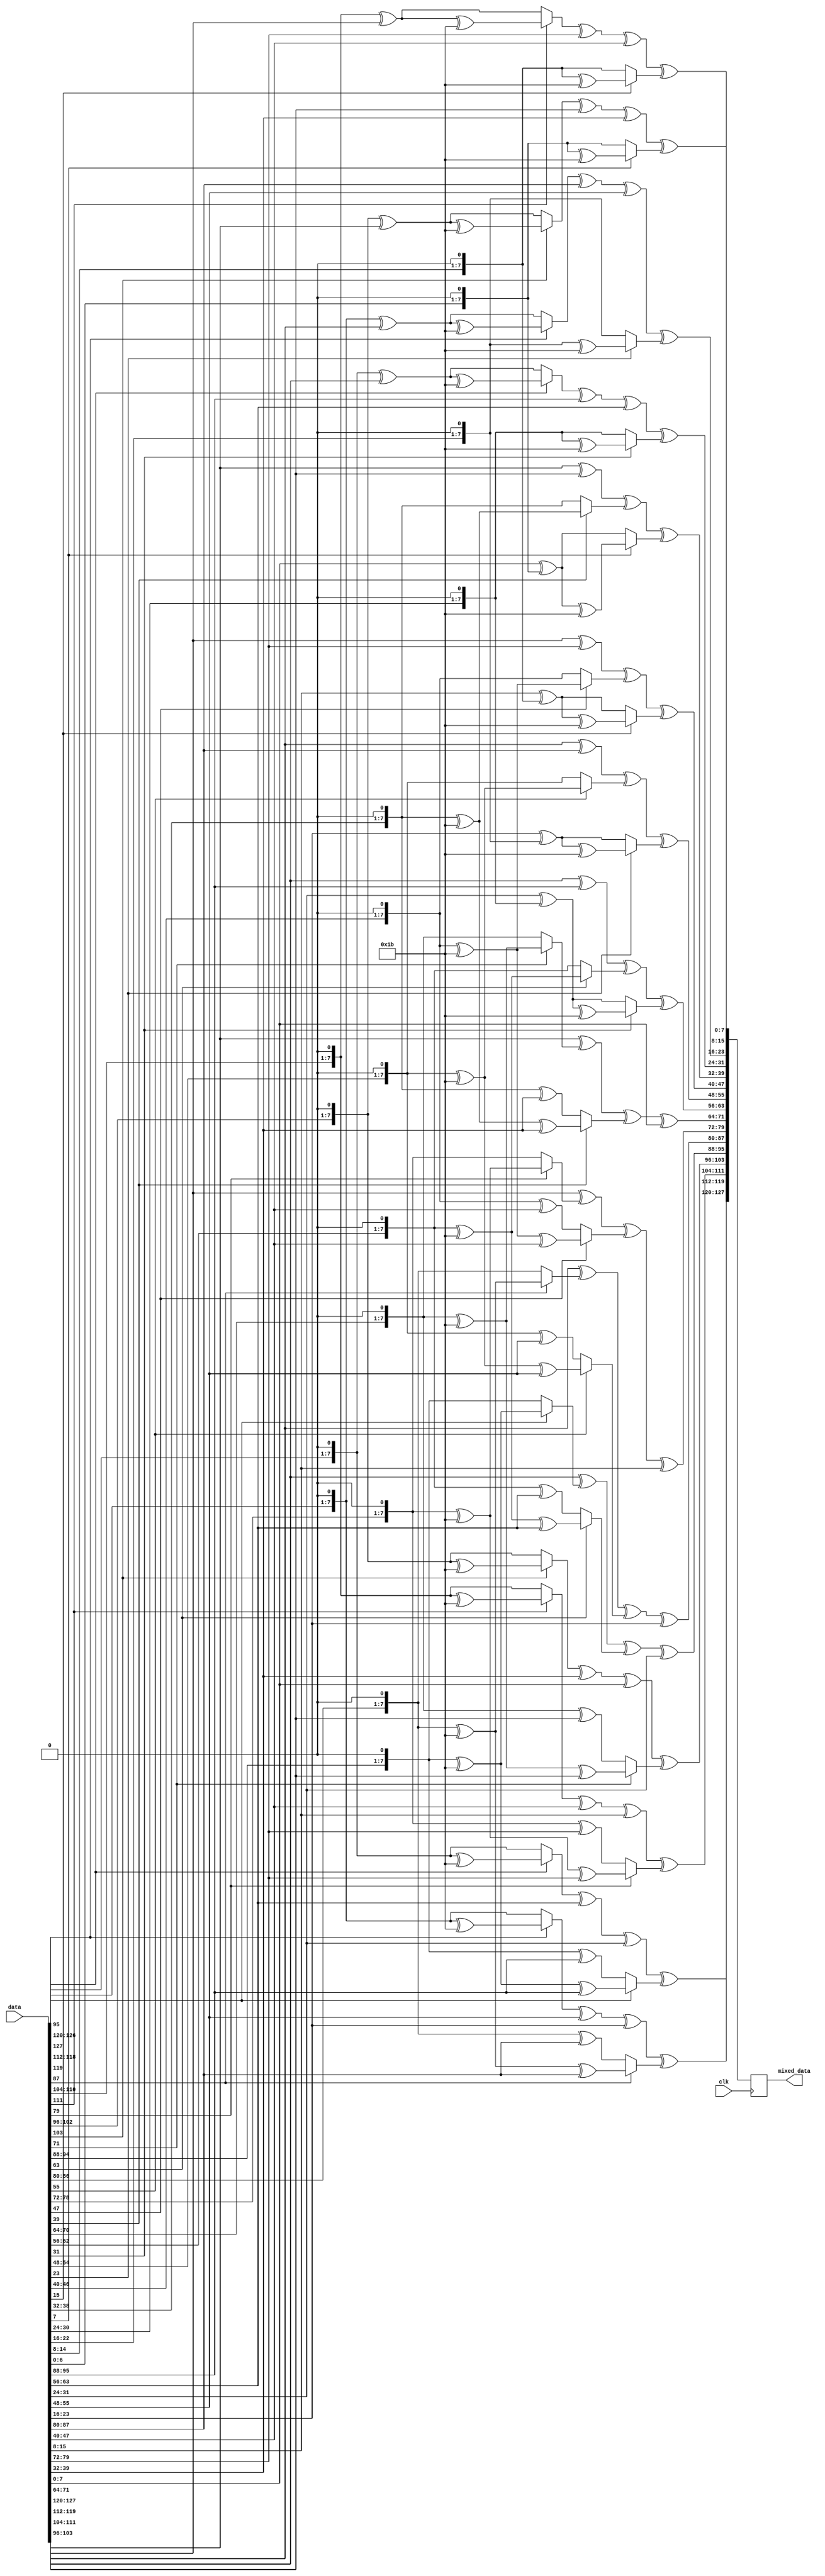
`timescale 1ns / 1ps
//////////////////////////////////////////////////////////////////////////////////
// Company: 
// Engineer: 
// 
// Design Name: 
// Module Name: mixcolumns
// Project Name: 
// Target Devices: 
// Tool Versions: 
// Description: 
// 
// Dependencies: 
// 
// Revision:
// Revision 0.01 - File Created
// Additional Comments:
// 
//////////////////////////////////////////////////////////////////////////////////


module mixcolumns(
    input clk,
    input [127:0]data,
    output reg[127:0]mixed_data
    );
    


always@(posedge clk) begin
    mixed_data[127:120] <= (data[127] ? ((data[127:120]<<1)^(8'b0001_1011)) : (data[127:120]<<1)) ^ (data[63:56]) ^ (data[31:24]) ^ (data[95] ? ((data[95:88]<<1)^(8'b0001_1011)^data[95:88]) : ((data[95:88]<<1)^data[95:88]));
    mixed_data[119:112] <= (data[119] ? ((data[119:112]<<1)^(8'b0001_1011)) : (data[119:112]<<1)) ^ (data[55:48]) ^ (data[23:16]) ^ (data[87] ? ((data[87:80]<<1)^(8'b0001_1011)^data[87:80]) : ((data[87:80]<<1)^data[87:80]));
    mixed_data[111:104] <= (data[111] ? ((data[111:104]<<1)^(8'b0001_1011)) : (data[111:104]<<1)) ^ (data[47:40]) ^ (data[15:8]) ^ (data[79] ? ((data[79:72]<<1)^(8'b0001_1011)^data[79:72]) : ((data[79:72]<<1)^data[79:72]));
    mixed_data[103:96] <= (data[103] ? ((data[103:96]<<1)^(8'b0001_1011)) : (data[103:96]<<1)) ^ (data[39:32]) ^ (data[7:0]) ^ (data[71] ? ((data[71:64]<<1)^(8'b0001_1011)^data[71:64]) : ((data[71:64]<<1)^data[71:64]));
    
    mixed_data[95:88] <= data[127:120] ^ (data[95] ? ((data[95:88]<<1)^(8'b0001_1011)) : (data[95:88]<<1)) ^ (data[63] ? ((data[63:56]<<1)^(8'b0001_1011)^data[63:56]) : ((data[63:56]<<1)^data[63:56]))^data[31:24];
    mixed_data[87:80] <= data[119:112] ^ (data[87] ? ((data[87:80]<<1)^(8'b0001_1011)) : (data[87:80]<<1)) ^ (data[55] ? ((data[55:48]<<1)^(8'b0001_1011)^data[55:48]) : ((data[55:48]<<1)^data[55:48]))^data[23:16];
    mixed_data[79:72] <= data[111:104] ^ (data[79] ? ((data[79:72]<<1)^(8'b0001_1011)) : (data[79:72]<<1)) ^ (data[47] ? ((data[47:40]<<1)^(8'b0001_1011)^data[47:40]) : ((data[47:40]<<1)^data[47:40]))^data[15:8];
    mixed_data[71:64] <= data[103:96] ^ (data[71] ? ((data[71:64]<<1)^(8'b0001_1011)) : (data[71:64]<<1)) ^ (data[39] ? ((data[39:32]<<1)^(8'b0001_1011)^data[39:32]) : ((data[39:32]<<1)^data[39:32]))^data[7:0];
    
    mixed_data[63:56] <= data[127:120] ^ data[95:88] ^ (data[63] ? ((data[63:56]<<1)^(8'b0001_1011)) : (data[63:56]<<1)) ^ (data[31] ? (data[31:24] ^ (data[31:24]<<1))^(8'b0001_1011):(data[31:24] ^ (data[31:24]<<1)));
    mixed_data[55:48] <= data[119:112] ^ data[87:80] ^ (data[55] ? ((data[55:48]<<1)^(8'b0001_1011)) : (data[55:48]<<1)) ^ (data[23] ? (data[23:16] ^ (data[23:16]<<1))^(8'b0001_1011):(data[23:16] ^ (data[23:16]<<1)));
    mixed_data[47:40] <= data[111:104] ^ data[79:72] ^ (data[47] ? ((data[47:40]<<1)^(8'b0001_1011)) : (data[47:40]<<1)) ^ (data[15] ? (data[15:8] ^ (data[15:8]<<1))^(8'b0001_1011):(data[15:8] ^ (data[15:8]<<1)));
    mixed_data[39:32] <= data[103:96] ^ data[71:64] ^ (data[39] ? ((data[39:32]<<1)^(8'b0001_1011)) : (data[39:32]<<1)) ^ (data[7] ? (data[7:0] ^ (data[7:0]<<1))^(8'b0001_1011):(data[7:0] ^ (data[7:0]<<1)));
    
    mixed_data[31:24] <= (data[127] ? ((data[127:120]<<1)^data[127:120]^(8'b0001_1011)):((data[127:120]<<1)^data[127:120])) ^ data[95:88] ^ data[63:56] ^ (data[31] ? (data[31:24]<<1)^(8'b0001_1011):(data[31:24]<<1));
    mixed_data[23:16] <= (data[119] ? ((data[119:112]<<1)^data[119:112]^(8'b0001_1011)):((data[119:112]<<1)^data[119:112])) ^ data[87:80] ^ data[55:48] ^ (data[23] ? (data[23:16]<<1)^(8'b0001_1011):(data[23:16]<<1));
    mixed_data[15:8] <= (data[111] ? ((data[111:104]<<1)^data[111:104]^(8'b0001_1011)):((data[111:104]<<1)^data[111:104])) ^ data[79:72] ^ data[47:40] ^ (data[15] ? (data[15:8]<<1)^(8'b0001_1011):(data[15:8]<<1));
    mixed_data[7:0] <= (data[103] ? ((data[103:96]<<1)^data[103:96]^(8'b0001_1011)):((data[103:96]<<1)^data[103:96])) ^ data[71:64] ^ data[39:32] ^ (data[7] ? (data[7:0]<<1)^(8'b0001_1011):(data[7:0]<<1));
end

endmodule